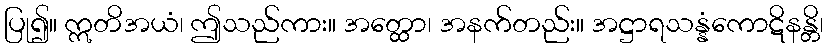
ပြု၍။ ဣတိအယံ၊ ဤသည်ကား။ အတ္ထော၊ အနက်တည်း။ အဋ္ဌာရသန္နံကောဋိနန္တိ၊